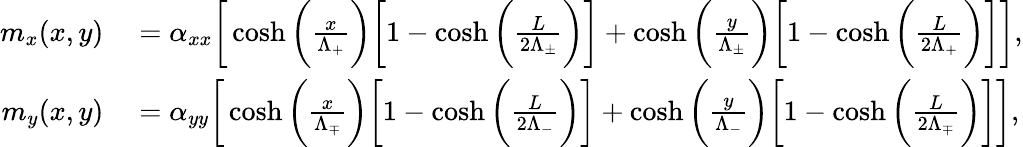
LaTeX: \begin{array}{rl}{m_{x}(x,y)}&{{}=\alpha_{xx}\bigg[\cosh\bigg(\frac{x}{\Lambda_{+}}\bigg)\bigg[1-\cosh\bigg(\frac{L}{2\Lambda_{\pm}}\bigg)\bigg]+\cosh\bigg(\frac{y}{\Lambda_{\pm}}\bigg)\bigg[1-\cosh\bigg(\frac{L}{2\Lambda_{+}}\bigg)\bigg]\bigg],}\\ {m_{y}(x,y)}&{{}=\alpha_{yy}\bigg[\cosh\bigg(\frac{x}{\Lambda_{\mp}}\bigg)\bigg[1-\cosh\bigg(\frac{L}{2\Lambda_{-}}\bigg)\bigg]+\cosh\bigg(\frac{y}{\Lambda_{-}}\bigg)\bigg[1-\cosh\bigg(\frac{L}{2\Lambda_{\mp}}\bigg)\bigg]\bigg],}\end{array}